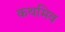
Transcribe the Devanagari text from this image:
कथमिव